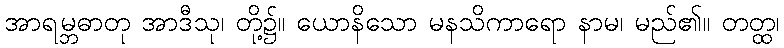
အာရမ္ဘဓာတု အာဒီသု၊ တို့၌။ ယောနိသော မနသိကာရော နာမ၊ မည်၏။ တတ္ထ၊